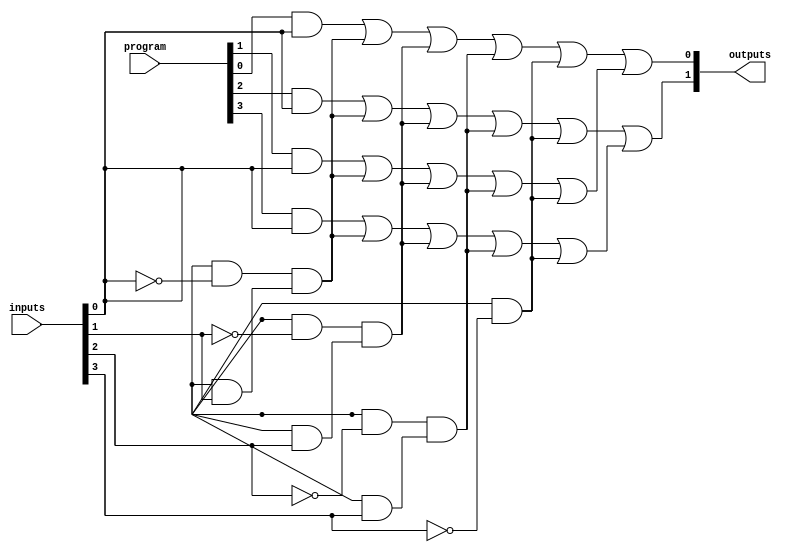
module PAL (
    input wire [N-1:0] inputs,      // Input pins
    input wire [M-1:0] program,      // Programming signals for AND gates
    output wire [P-1:0] outputs      // Output pins
);
    parameter N = 4; // Number of input pins
    parameter M = 4; // Number of AND gates
    parameter P = 2; // Number of output pins

    // Internal wires for product terms
    wire [M-1:0] product_terms;

    // Programmable AND array
    genvar i;
    generate
        for (i = 0; i < M; i = i + 1) begin : and_array
            assign product_terms[i] = (program[i] & inputs[0]) |
                                       (program[i + M] & ~inputs[0]) &
                                       (program[i + 2*M] & inputs[1]) |
                                       (program[i + 3*M] & ~inputs[1]) &
                                       (program[i + 4*M] & inputs[2]) |
                                       (program[i + 5*M] & ~inputs[2]) &
                                       (program[i + 6*M] & inputs[3]) |
                                       (program[i + 7*M] & ~inputs[3]);
        end
    endgenerate

    // Fixed OR array
    assign outputs[0] = product_terms[0] | product_terms[1]; // Example OR logic for output 0
    assign outputs[1] = product_terms[2] | product_terms[3]; // Example OR logic for output 1

endmodule